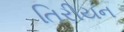
તિરીયન